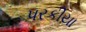
પરકીયા